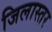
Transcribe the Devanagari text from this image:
जिलास्तर